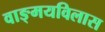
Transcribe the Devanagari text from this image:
वाङ्‌मयविलास